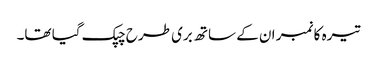
تیرہ کا نمبر ان کے ساتھ بری طرح چپک گیا تھا۔